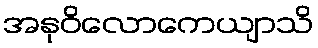
အနုဝိလောကေယျာသိ